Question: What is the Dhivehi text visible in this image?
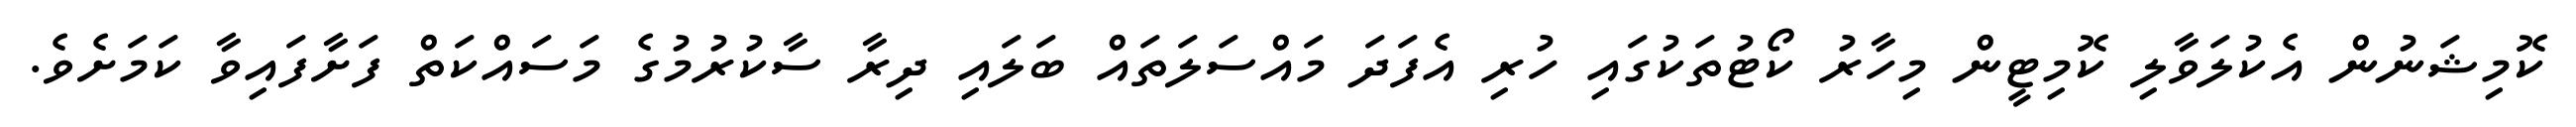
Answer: ކޮމިޝަނުން އެކުލަވާލި ކޮމިޓީން މިހާރު ކޯޓުތަކުގައި ހުރި އެފަދަ މައްސަލަތައް ބަލައި ދިރާ ސާކުރުމުގެ މަސައްކަތް ފަށާފައިވާ ކަމަށެވެ.